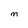
Character: M